Report of the Indian Hemp Drugs Commission, 1894-1895 - Volume III
Year: 1894
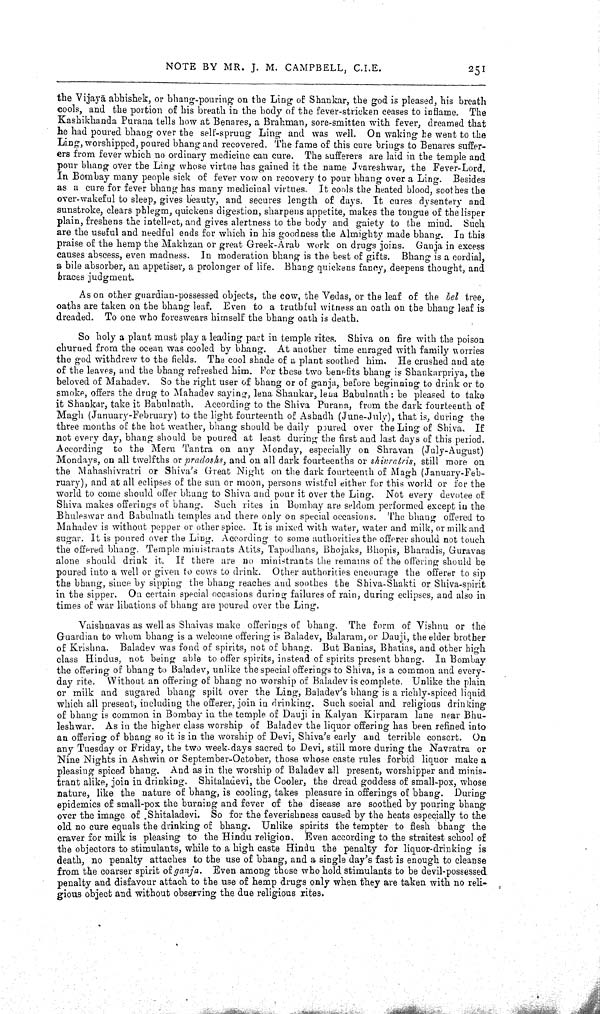
NOTE BY MR. J. M. CAMPBELL, C.I.E.
251
the Vijayā abhishek, or bhang-pouring on the Ling of Shankar, the god is pleased, his breath
cools, and the portion of his breath in the body of the fever-stricken ceases to inflame. The
Kashikhanda Purana tells how at Benares, a Brahman, sore-smitten with fever, dreamed that
he had poured bhang over the self-sprung Ling and was well. On waking he went to the
Ling, worshipped, poured bhang and recovered. The fame of this cure brings to Benares suffer
ers from fever which no ordinary medicine can cure. The sufferers are laid in the temple and
pour bhang over the Ling whose virtue has gained it the name Jvareshwar, the Fever-Lord.
In Bombay many people sick of fever vow on recovery to pour bhang over a Ling. Besides
as a cure for fever bhang has many medicinal virtues. It cools the heated blood, soothes the
over-wakeful to sleep, gives beauty, and secures length of days. It cures dysentery and
sunstroke, clears phlegm, quickens digestion, sharpens appetite, makes the tongue of the lisper
plain, freshens the intellect, and gives alertness to the body and gaiety to the mind. Such
are the useful and needful ends for which in his goodness the Almighty made bhang. In this
praise of the hemp the Makhzan or great Greek-Arab work on drugs joins. Ganja in excess
causes abscess, even madness. In moderation bhang is the best of gifts. Bhang is a cordial,
a bile absorber, an appetiser, a prolonger of life. Bhang quickens fancy, deepens thought, and
braces judgment.
As on other guardian-possessed objects, the cow, the Vedas, or the leaf of the bel tree,
oaths are taken on the bhang leaf. Even to a truthful witness an oath on the bhang leaf is
dreaded. To one who foreswears himself the bhang oath is death.
So holy a plant must play a leading part in temple rites. Shiva on fire with the poison
churned from the ocean was cooled by bhang. At another time enraged with family worries
the god withdrew to the fields. The cool shade of a plant soothed him. He crushed and ate
of the leaves, and the bhang refreshed him. For these two benefits bhang is Shankarpriya, the
beloved of Mahadev. So the right user of bhang or of ganja, before beginning to drink or to
smoke, offers the drug to Mahadev saying, lena Shankar, lena Babulnath: be pleased to take
it Shankar, take it Babulnath. According to the Shiva Purana, from the dark fourteenth of
Magh (January-February) to the light fourteenth of Ashadh (June-July), that is, during the
three months of the hot weather, bhang should be daily poured over the Ling of Shiva. If
not every day, bhang should be poured at least during the first and last days of this period.
According to the Meru Tantra on any Monday, especially on Shravan (July-August)
Mondays, on all twelfths or pradoshs, and on all dark fourteenths or shivratris, still more on
the Mahashivratri or Shiva's Great Night on the dark fourteenth of Magh (January-Feb
ruary), and at all eclipses of the sun or moon, persons wistful either for this world or for the
world to come should offer bhang to Shiva and pour it over the Ling. Not every devotee of
Shiva makes offerings of bhang. Such rites in Bombay are seldom performed except in the
Bhuleswar and Babulnath temples and there only on special occasions. The bhang offered to
Mahadev is without pepper or other spice. It is mixed with water, water and milk, or milk and
sugar. It is poured over the Ling. According to some authorities the offerer should not touch
the offered bhang. Temple ministrants Atits, Tapodhans, Bhojaks, Bhopis, Bharadis, Guravas
alone should drink it. If there are no ministrants the remains of the offering should be
poured into a well or given to cows to drink. Other authorities encourage the offerer to sip
the bhang, since by sipping the bhang reaches and soothes the Shiva-Shakti or Shiva-spirit
in the sipper. On certain special occasions during failures of rain, during eclipses, and also in
times of war libations of bhang are poured over the Ling.
Vaishnavas as well as Shaivas make offerings of bhang. The form of Vishnu or the
Guardian to whom bhang is a welcome offering is Baladev, Balaram, or Dauji, the elder brother
of Krishna. Baladev was fond of spirits, not of bhang. But Banias, Bhatias, and other high
class Hindus, not being able to offer spirits, instead of spirits present bhang. In Bombay
the offering of bhang to Baladev, unlike the special offerings to Shiva, is a common and every
day rite. Without an offering of bhang no worship of Baladev is complete. Unlike the plain
or milk and sugared bhang spilt over the Ling, Baladev's bhang is a richly-spiced liquid
which all present, including the offerer, join in drinking. Such social and religious drinking
of bhang is common in Bombay in the temple of Dauji in Kalyan Kirparam lane near Bhu-
leshwar. As in the higher class worship of Baladev the liquor offering has been refined into
an offering of bhang so it is in the worship of Devi, Shiva's early and terrible consort. On
any Tuesday or Friday, the two week-days sacred to Devi, still more during the Navratra or
Nine Nights in Ashwin or September-October, those whose caste rules forbid liquor make a
pleasing spiced bhang. And as in the worship of Baladev all present, worshipper and minis-
trant alike, join in drinking. Shitaladevi, the Cooler, the dread goddess of small-pox, whose
nature, like the nature of bhang, is cooling, takes pleasure in offerings of bhang. During
epidemics of small-pox the burning and fever of the disease are soothed by pouring bhang
over the image of Shitaladevi. So for the feverishness caused by the heats especially to the
old no cure equals the drinking of bhang. Unlike spirits the tempter to flesh bhang the
craver for milk is pleasing to the Hindu religion. Even according to the straitest school of
the objectors to stimulants, while to a high caste Hindu the penalty for liquor-drinking is
death, no penalty attaches to the use of bhang, and a single day's fast is enough to cleanse
from the coarser spirit of ganja. Even among those who hold stimulants to be devil-possessed
penalty and disfavour attach to the use of hemp drugs only when they are taken with no reli
gious object and without observing the due religious rites.